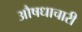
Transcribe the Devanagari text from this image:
औषधाचारी